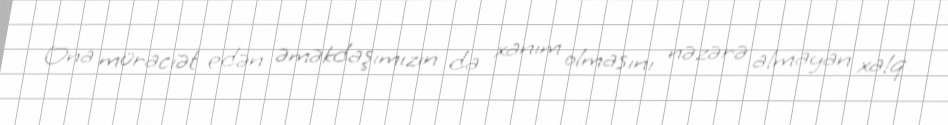
Ona müraciət edən əməkdaşımızın da xanım olmasını nəzərə almayan xalq